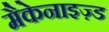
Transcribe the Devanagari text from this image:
मैकेनाइज़्ड